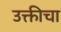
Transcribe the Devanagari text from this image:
उक्तीचा